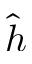
\widehat { h }